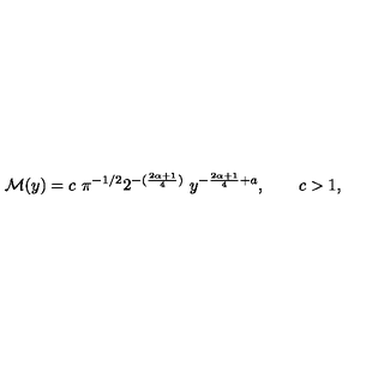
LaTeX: \mathcal { M } ( y ) = c \ \pi ^ { - 1 / 2 } 2 ^ { - ( \frac { 2 \alpha + 1 } { 4 } ) } \ y ^ { - \frac { 2 \alpha + 1 } { 4 } + a } , \qquad c > 1 ,